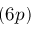
( 6 p )